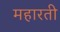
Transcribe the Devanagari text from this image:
महारती